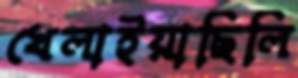
খেলাইয়াছিলি